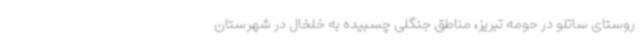
روستای ساتلو در حومه تبریز، مناطق جنگلی چسبیده به خلخال در شهرستان